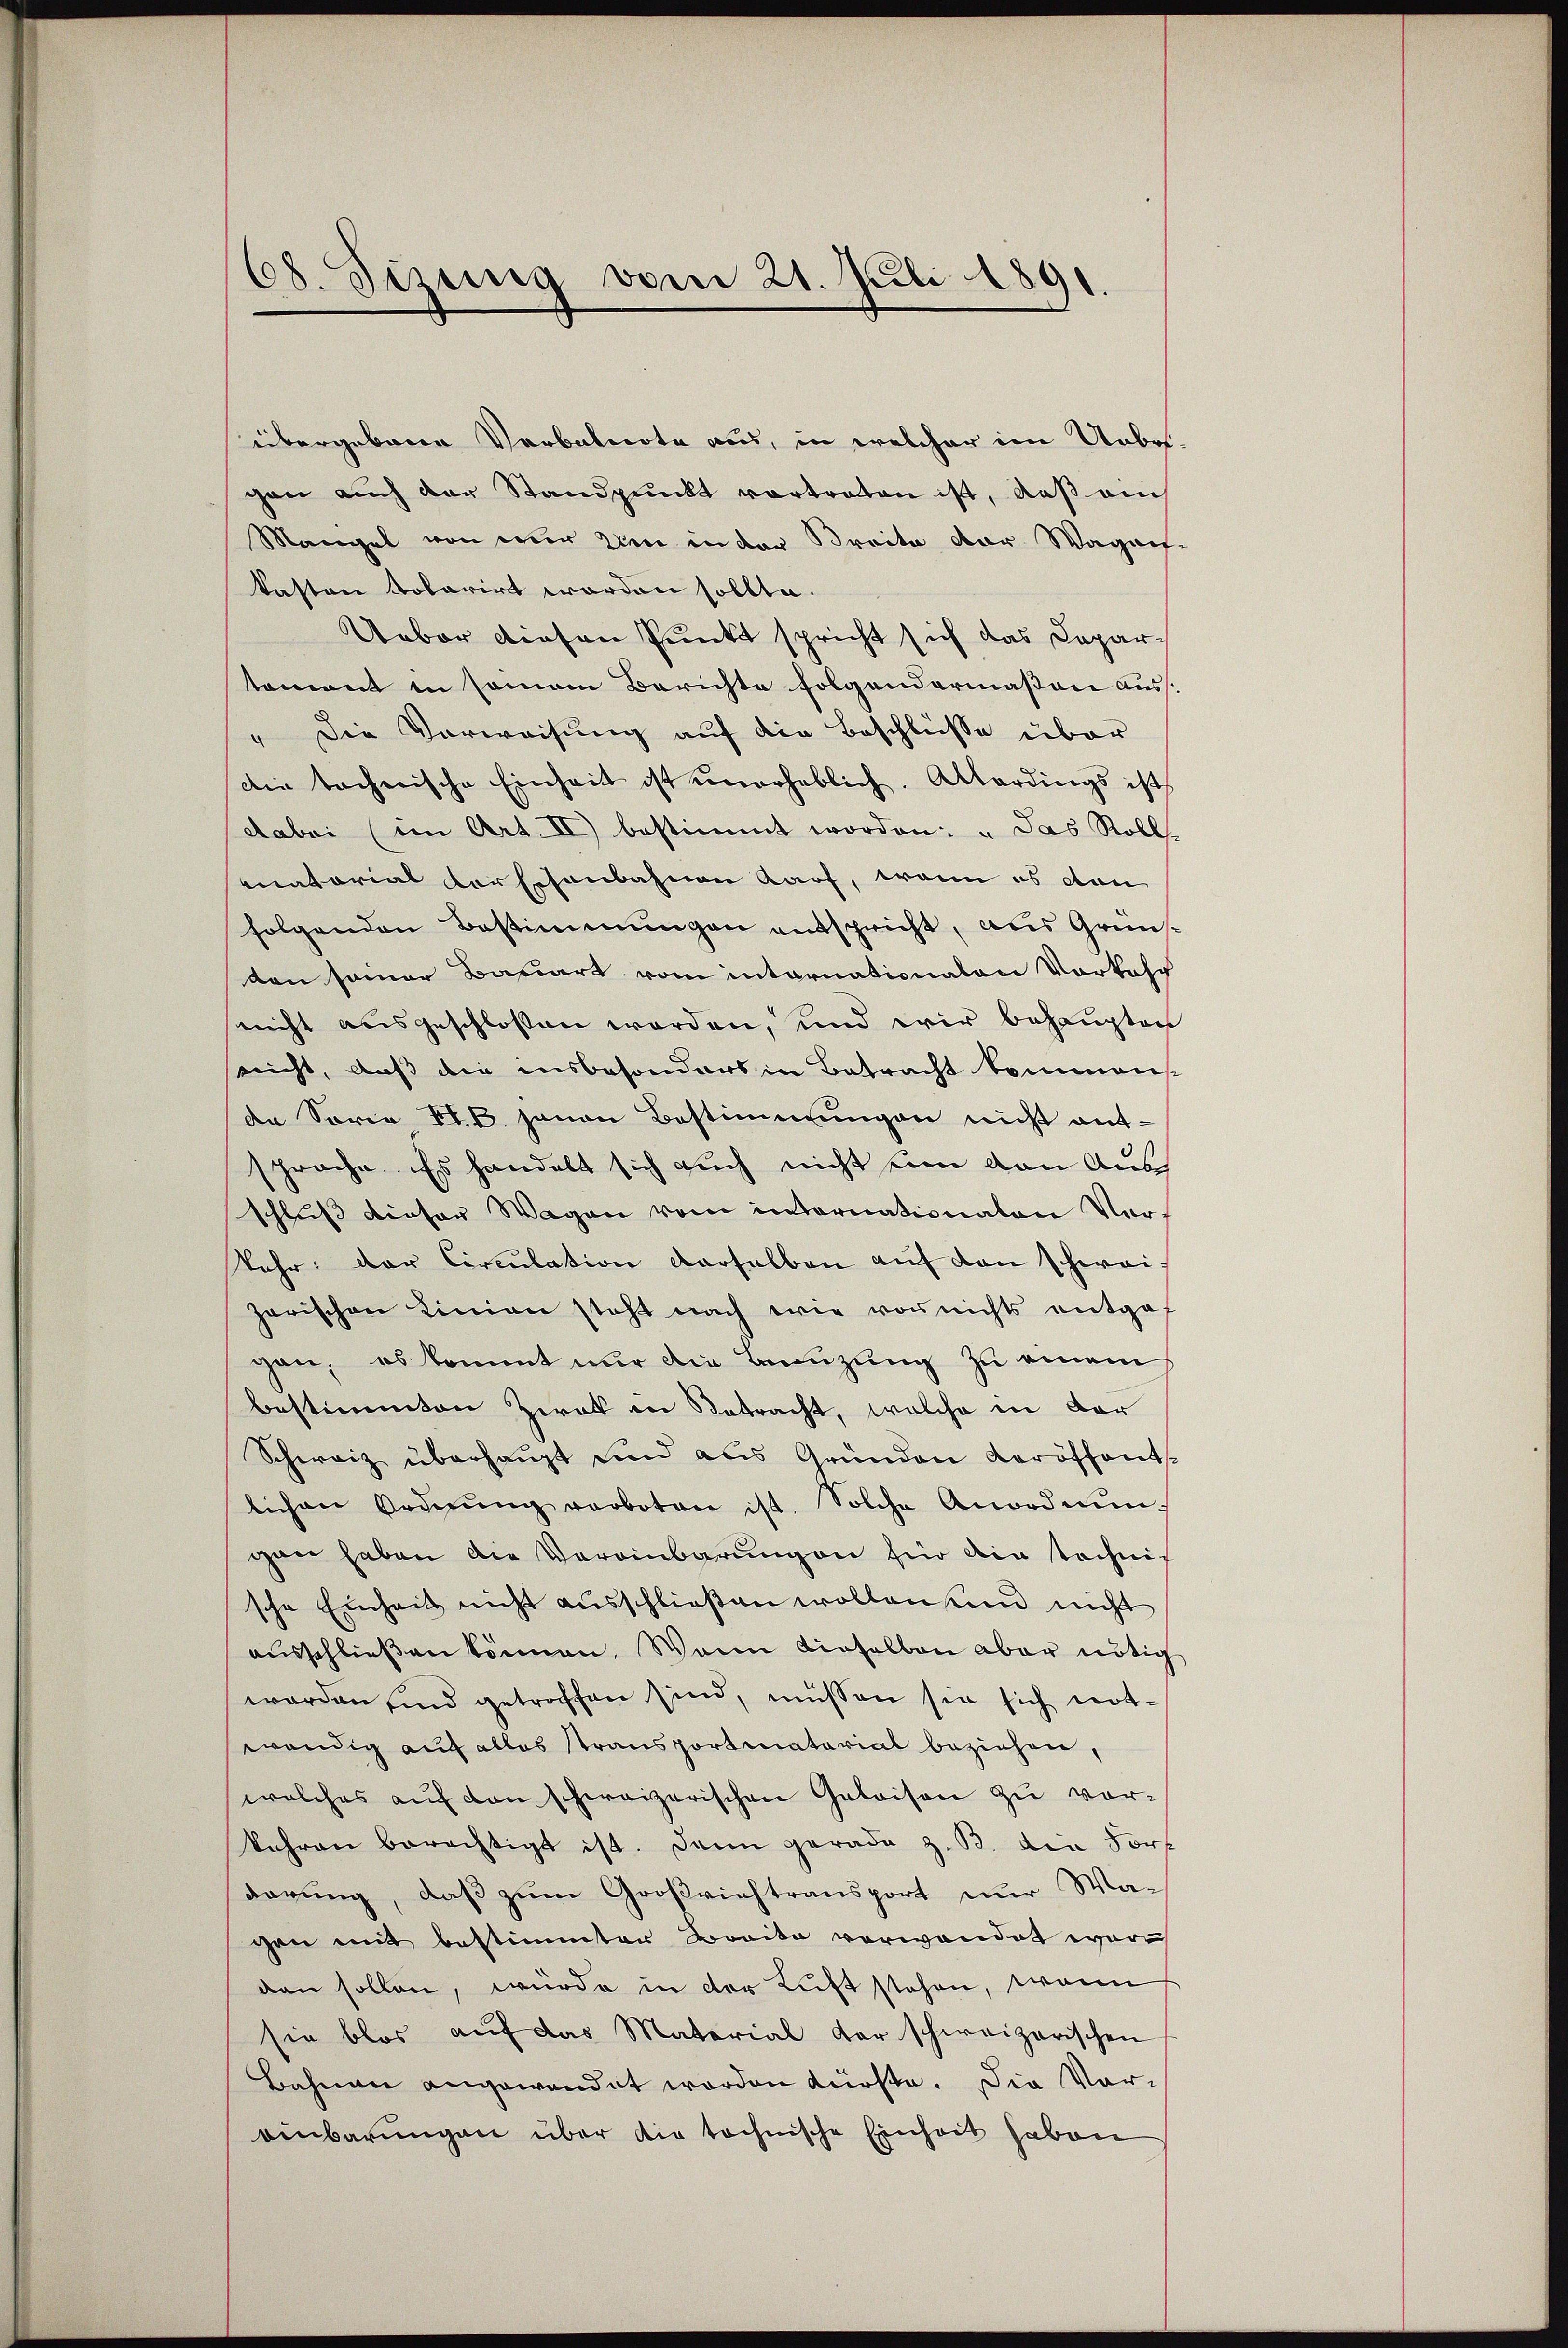
68. Jezung vom 21. Juli 1891.

anatorial Vorschenbahnen darf, wenn es von
folgenden Bestimmungen entspricht, aus Grünson seiner Bauart vom internationaten Vorkehr
nicht ausgeschlossen worden, und wir behauptens
nicht, daß die insbesonders in Betracht kommens
de Sorie L.B. jenen Bestimmungen nicht ant-
sprache. Es handelt sich auch nicht ein von Ausschluß dieser Wagen vom internationaten Vor¬
Jahr: der Circulation derselben auf den schwei
zarischen Linien steht nach wie von nichts entgegan, es kommt nur die Benuzung zu einem
bestimmten Zwek in Betracht, welche in dor
Schweiz überhaupt und aus Gründen Veröffent
lichen Ordnŭng verboten ist. Solche Anordnŭn-
gan haben die Vereinbarungen hin ain tochnis
sche Einheit nicht ausschließen wollen und nicht
ausschließen können. Wann dieselben aber nötig
worden sind getroffen sind, müssen sie sich not-
wendig auf alles transportiatorial beziehen,
welches auf den schweizerischen Geleisen zu vorkehren berechtigt ist. Dann gerade z. B. die Fors
darung, daß zum Großrichtransport nur Wagen mit bestimmter Bovita verwandet ware
den sollen, würde in der Luft stehen, wenn
sie blos aŭf das Material der schweizerischen
Bahnen angewandet worden dürfte. Die Vor-
einbarungen über die tochnische Einheit haben

übergebene Verbalnote aus, in welcher im Unbes-
gen auch der Standpunkt vortraten ist, daß auch
Mangel von wir den in der Breite der Wagaif-
kasten tolarirt worden sollte.
Ueber diesen Punkt spricht sich das Capar-
temont in seinem Berichte folgendermaßen aus¬
" Die Vorweisung auf die Beschlüsse über
die technische Einheit ist unerheblich. Allerdings ist
dabei (im Art. II) bestimmt worden: "Das Roll